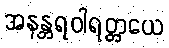
အနန္တရဝါရတ္တယေ